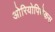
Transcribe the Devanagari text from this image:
ओरियोपिथेकस